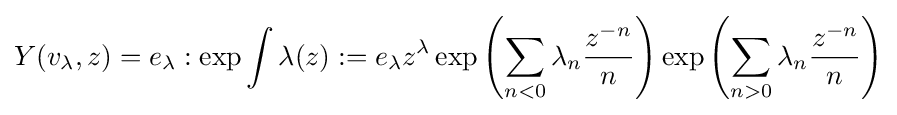
Y(v_{\lambda },z)=e_{\lambda }:\exp \int \lambda (z):=e_{\lambda }z^{\lambda }\exp \left(\sum _{n<0}\lambda _{n}{\frac {z^{-n}}{n}}\right)\exp \left(\sum _{n>0}\lambda _{n}{\frac {z^{-n}}{n}}\right)